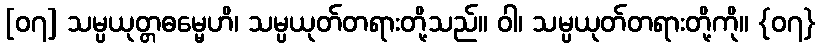
[၀၇] သမ္ပယုတ္တဓမ္မေဟိ၊ သမ္ပယုတ်တရားတို့သည်။ ဝါ၊ သမ္ပယုတ်တရားတို့ကို။ {၀၇}